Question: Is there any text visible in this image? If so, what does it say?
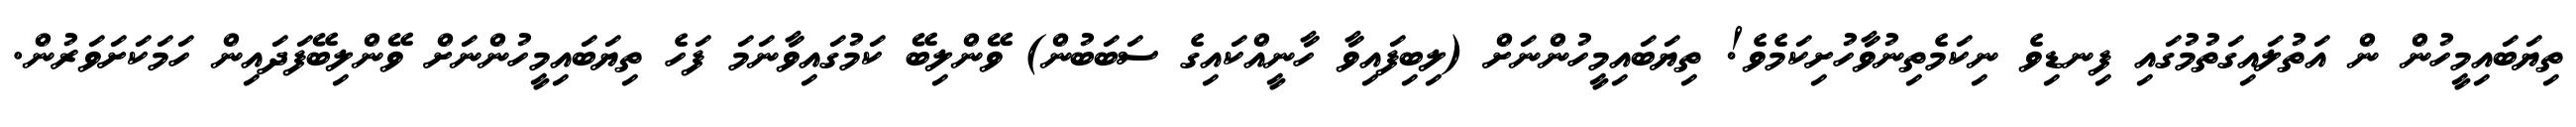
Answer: ތިޔަބައިމީހުން ން އަތުލައިގަތުމުގައި ފިނޑިވެ ނިކަމެތިނުވާހުށިކަމެވެ! ތިޔަބައިމީހުންނަށް (ލިބިފައިވާ ހާނީއްކައިގެ ސަބަބުން) ވޭންލިބޭ ކަމުގައިވާނަމަ ފަހެ ތިޔަބައިމީހުންނަށް ވޭންލިބޭފަދައިން ހަމަކަށަވަރުން.